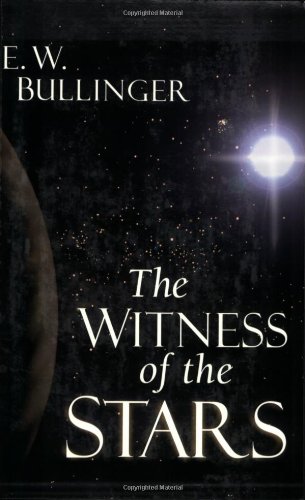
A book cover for The Witness of the Stars; E. W. Bullinger; Religion & Spirituality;